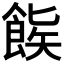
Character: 𬲒